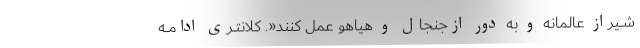
شــیراز عالمانه و به دور ازجنجال و هیاهو عمل کنند«. کلانتــری ادامــه